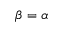
\beta = \alpha